Vaccination in Bombay 1863-1868 - 1863-1868
Year: 1863
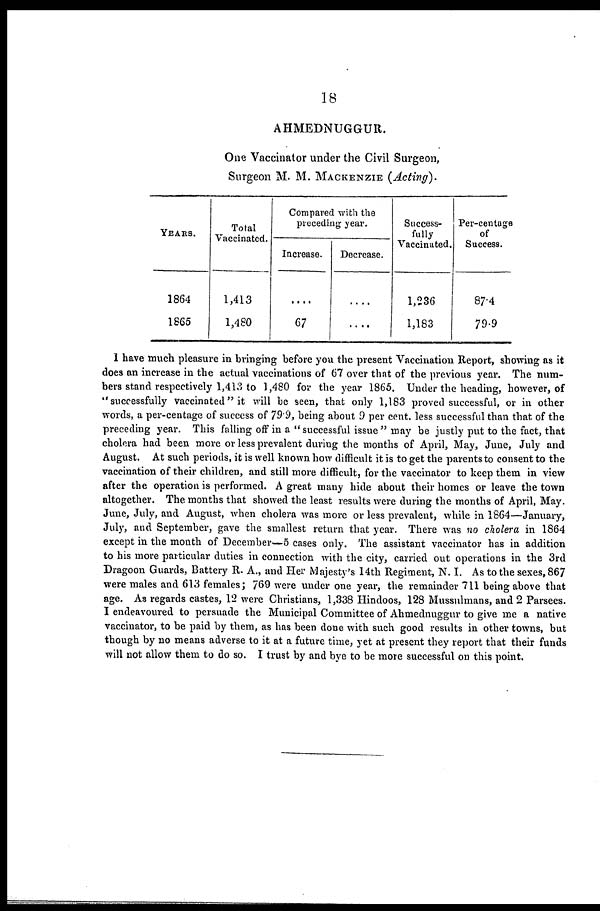
18
AHMEDNUGGUR.
One Vaccinator under the Civil Surgeon,
Surgeon M. M. MACKENZIE (Acting).
YEARS.
1864
1865
Total
Vaccinated.
1,413
1,480
Compared with the
preceding year.
Increase.
....
67
Decrease.
....
....
Success-
fully
Vaccinated.
1,236
1,183
Per-centage
of
Success.
87.4
79.9
I have much pleasure in bringing before you the present Vaccination Report, showing as it
does an increase in the actual vaccinations of 67 over that of the previous year. The num-
bers stand respectively 1,413 to 1,480 for the year 1865. Under the heading, however, of
"successfully vaccinated" it will be seen, that only 1,183 proved successful, or in other
words, a per-centage of success of 79.9, being about 9 per cent. less successful than that of the
preceding year. This falling off in a "successful issue " may be justly put to the fact, that
cholera had been more or less prevalent during the months of April, May, June, July and
August. At such periods, it is well known how difficult it is to get the parents to consent to the
vaccination of their children, and still more difficult, for the vaccinator to keep them in view
after the operation is performed. A great many hide about their homes or leave the town
altogether. The months that showed the least results were during the months of April, May.
June, July, and August, when cholera was more or less prevalent, while in 1864—January,
July, and September, gave the smallest return that year. There was no cholera in 1864
except in the month of December—5 cases only. The assistant vaccinator has in addition
to his more particular duties in connection with the city, carried out operations in the 3rd
Dragoon Guards, Battery R. A., and Her Majesty's 14th Regiment, N. I. As to the sexes, 867
were males and 613 females; 769 were under one year, the remainder 711 being above that
age. As regards castes, 12 were Christians, 1,338 Hindoos, 128 Mussulmans, and 2 Parsees.
I endeavoured to persuade the Municipal Committee of Ahmednuggur to give me a native
vaccinator, to be paid by them, as has been done with such good results in other towns, but
though by no means adverse to it at a future time, yet at present they report that their funds
will not allow them to do so. I trust by and bye to be more successful on this point.